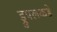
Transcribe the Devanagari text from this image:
ड्रुपलकडे